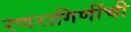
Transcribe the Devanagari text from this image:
रणरागिणींची